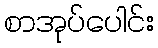
စာအုပ်ပေါင်း